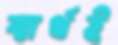
স্বার্থই